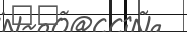
٤٥